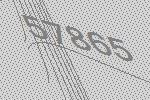
57865